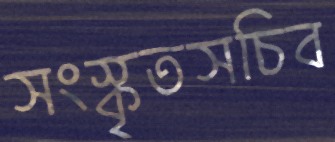
সংস্কৃতসচিব